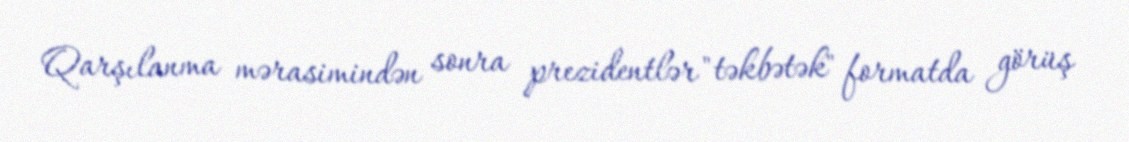
Qarşılanma mərasimindən sonra prezidentlər "təkbətək" formatda görüş